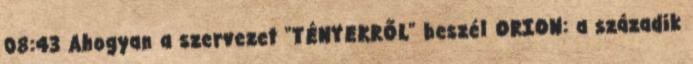
08:43 Ahogyan a szervezet "TÉNYEKRŐL" beszél ORION: a századik